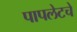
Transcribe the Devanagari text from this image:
पापलेटचे